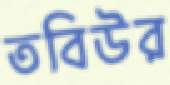
তবিউর